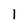
Character: 1